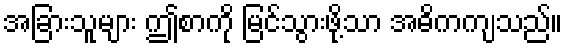
အခြားသူများ ဤစာကို မြင်သွားဖို့သာ အဓိကကျသည်။